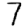
Digit: 7